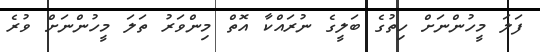
ފަލަ މީހުންނަށް ހިތުގެ ބަލީގެ ނުރައްކާ އޮތް މިންވަރު ތަލަ މީހުންނަށް ވުރެ